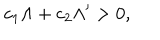
c _ { 1 } \Lambda + c _ { 2 } \Lambda ^ { \prime } > 0 ,